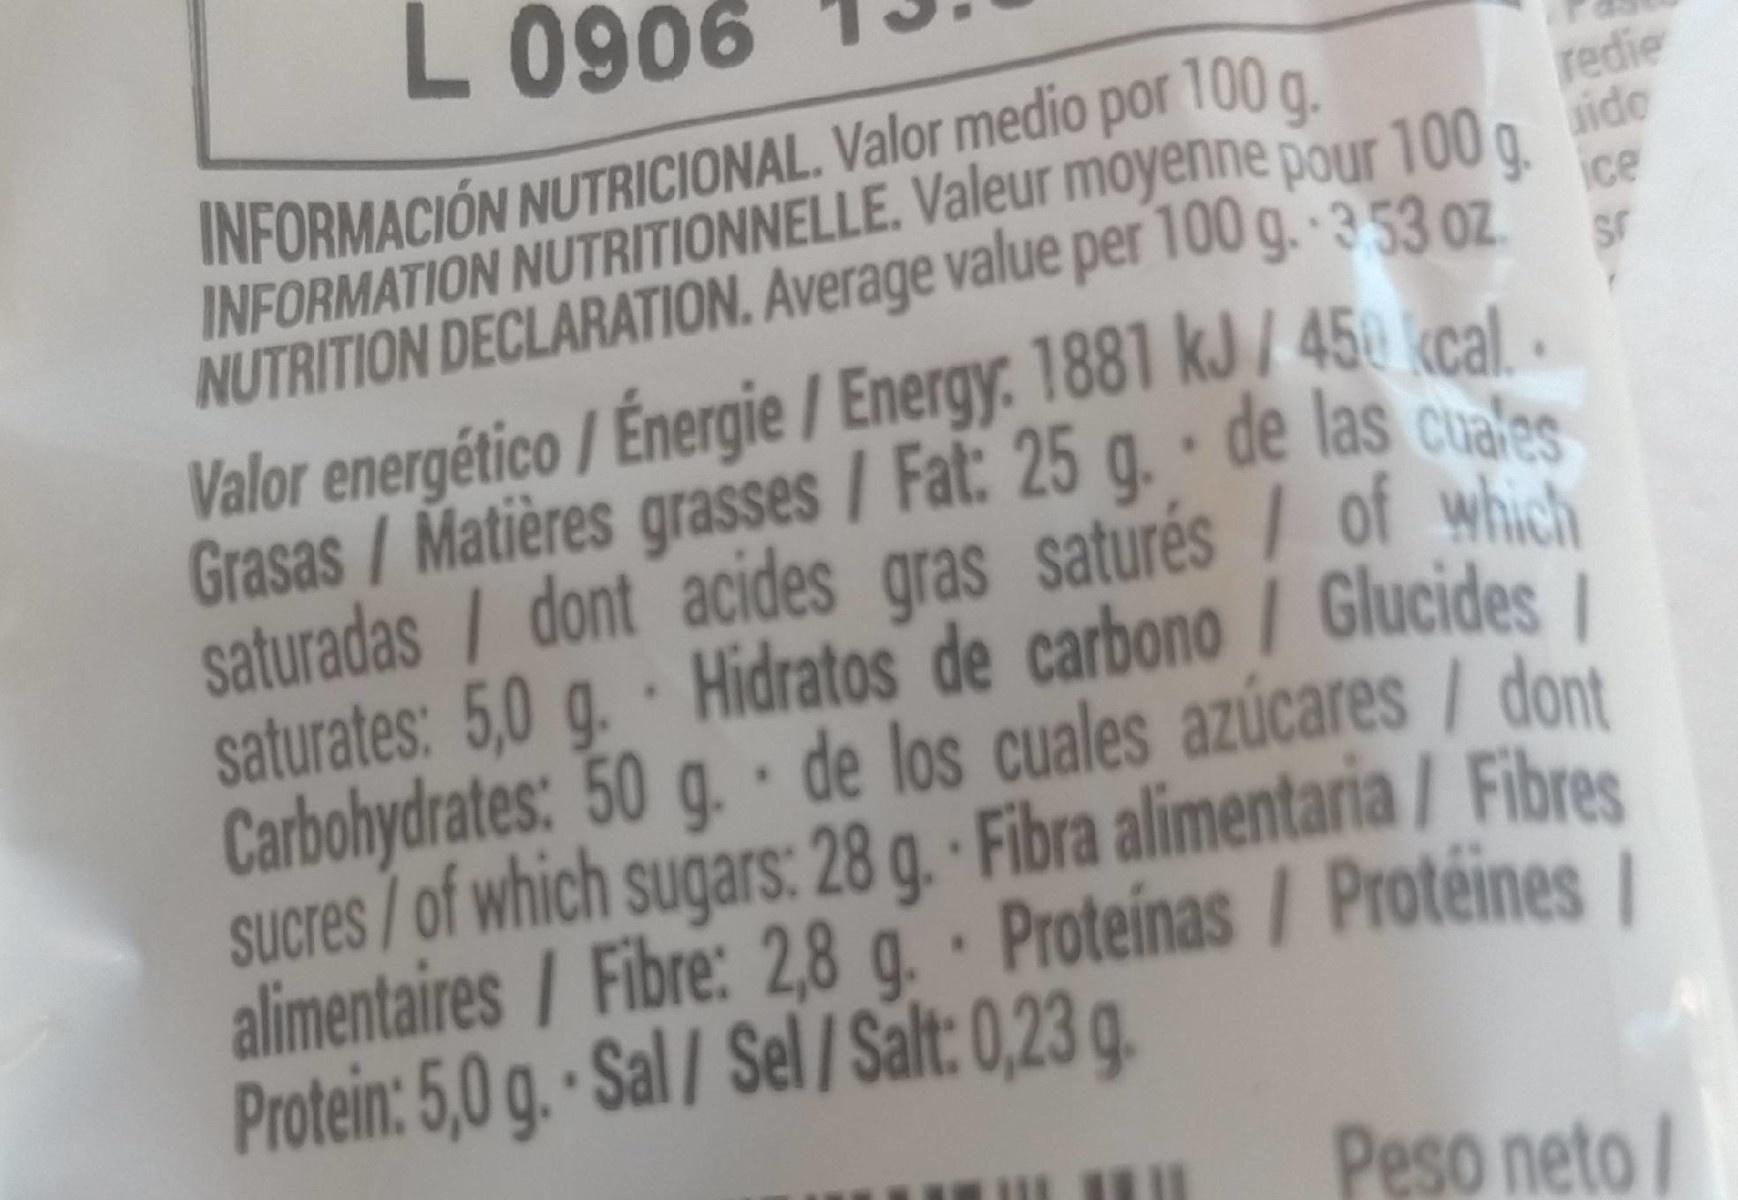
L09
06
INFORMACIÓN NUTRICIONAL. Valor medio por 100 g.
redie ido
INFORMATION NUTRITIONNELLE. Valeur moyenne pour 100 g
NUTRITION DECLARATION. Average value per 100 g. 3 53 oz. Valor energético / Energie / Energy: 1881 kJ / 450 kcal. Grasas / Matières grasses / Fat: 25 g. · de las cuales saturadas / dont acides gras saturés / of which /
ice
saturates: 5,0 g. Hidratos de carbono / Glucides Carbohydrates: 50 g. • de los cuales azúcares/ dont
SUcres/ of which sugars: 28 g. · Fibra alimentaria / Fibres
alimentaires / Fibre: 2,8 g. · Proteínas / Protéines/
Protein: 5,0 g. - Sal / Sel / Salt: 0,23 q.
Peso neto /